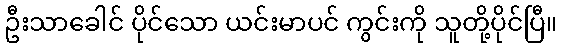
ဦးသာခေါင် ပိုင်သော ယင်းမာပင် ကွင်းကို သူတို့ပိုင်ပြီ။